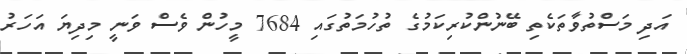
އަދި މަސްތުވާތަކެތި ބޭނުންކުރިކަމުގެ ތުހުމަތުގައި 7684 މީހުން ވެސް ވަނީ މިދިޔަ އަހަރު